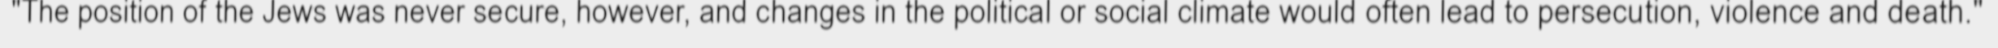
"The position of the Jews was never secure, however, and changes in the political or social climate would often lead to persecution, violence and death."